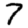
Digit: 7